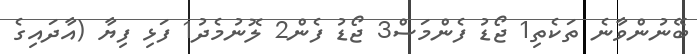
ބޭނުންވާނެ ތަކެތި1 ޖޯޑު ފެންމަސް3 ޖޯޑު ފެން2 ލޮނުމެދު1 ފަޅި ފިޔާ (އާދައިގެ